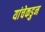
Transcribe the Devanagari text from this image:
यांचेकडुन